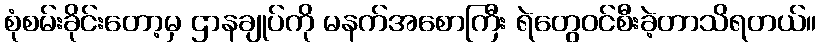
စုံစမ်းခိုင်းတော့မှ ဌာနချုပ်ကို မနက်အစောကြီး ရဲတွေဝင်စီးခဲ့တာသိရတယ်။